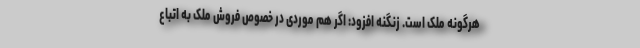
هرگونه ملک است. زنگنه افزود: اگر هم موردی در خصوص فروش ملک به اتباع